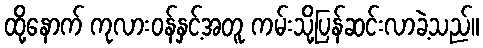
ထို့နောက် ကုလားဝန်နှင့်အတူ ကမ်းသို့ပြန်ဆင်းလာခဲ့သည်။